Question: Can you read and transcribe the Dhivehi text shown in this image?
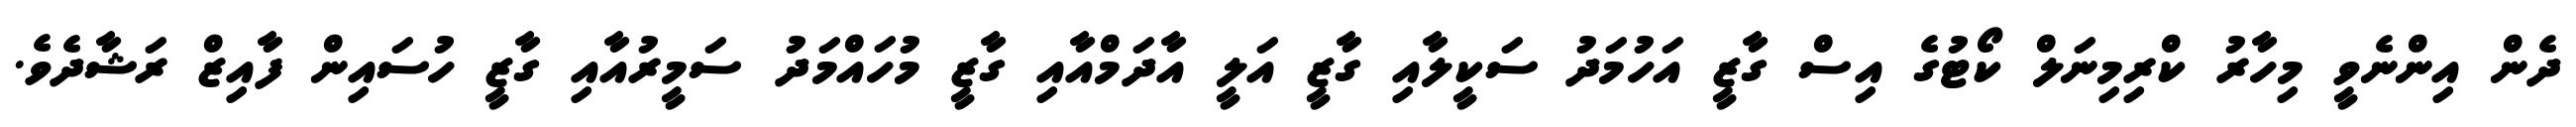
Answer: ދެން އިންނެވީ މިހާރު ކްރިމިނަލް ކޯޓުގެ އިސް ގާޒީ އަހުމަދު ސަކީލާއި ގާޒީ އަލީ އާދަމްއާއި ގާޒީ މުހައްމަދު ސަމީރުއާއި ގާޒީ ހުސައިން ފާއިޒް ރަޝާދެވެ.